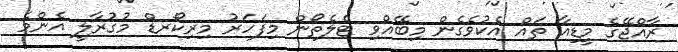
ރާއްޖޭގެ މީޑިއާ ތައް އެކުވެގެން މިބޭއްވި ޓެލެތޯން މިފަހަރު މިރިކޯރޑް މުގުރާލީ އެންމެ